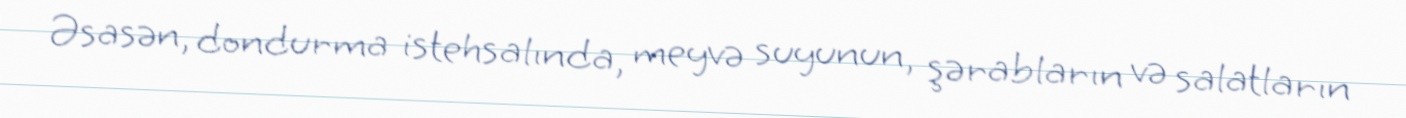
Əsasən, dondurma istehsalında, meyvə suyunun, şərabların və salatların